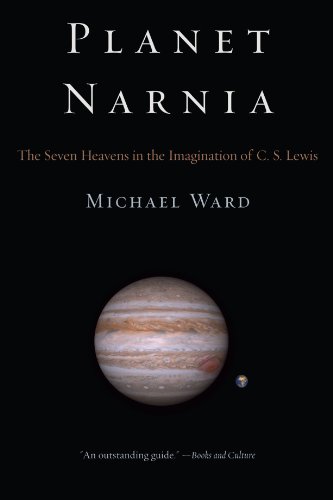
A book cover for Planet Narnia: The Seven Heavens in the Imagination of C. S. Lewis; Michael Ward; Science Fiction & Fantasy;